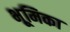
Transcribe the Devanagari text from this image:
भूूमिका